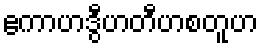
ဧကာဟဒွီဟတီဟစတူဟ